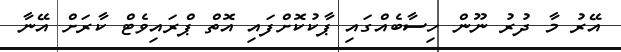
އޭރު މާ ދުރު ނޫން ހިސާބެއްގައި ޕާކުކޮށްފައި އޮތް ޕްރައިވެޓް ކާރަށް އޭނާ